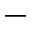
-